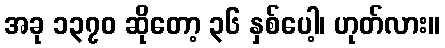
အခု ၁၃၇၀ ဆိုတော့ ၃၆ နှစ်ပေါ့၊ ဟုတ်လား။